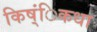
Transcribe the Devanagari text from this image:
किष्ंिकधा